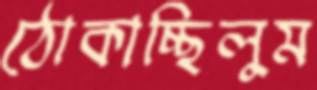
ঠোকাচ্ছিলুম